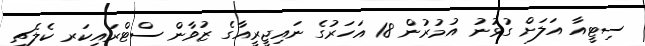
ސިޓީއާ އަލަށް ގުޅުނު އުމުރުން 18 އަހަރުގެ ނައިޖީރީއާގެ ޒުވާން ސްޓްރައިކަރ ކެލެޗީ